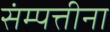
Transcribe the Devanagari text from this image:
संम्पत्तीना